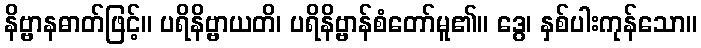
နိဗ္ဗာနဓာတ်ဖြင့်။ ပရိနိဗ္ဗာယတိ၊ ပရိနိဗ္ဗာန်စံတော်မူ၏။ ဒွေ၊ နှစ်ပါးကုန်သော။